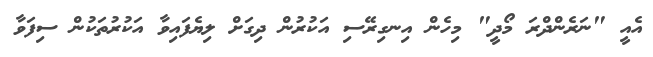
އެއީ "ނަރެންދްރަ މޯދީ" މިހެން އިނގިރޭސި އަކުރުން ދިގަށް ލިޔެފައިވާ އަކުރުތަކުން ސިފަވާ